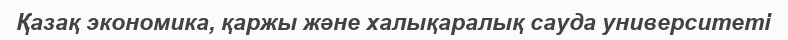
Қазақ экономика, қаржы және халықаралық сауда университеті